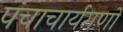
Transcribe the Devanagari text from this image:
पंचाचार्यगणों